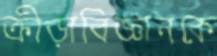
ক্রীড়াবিজ্ঞানকে